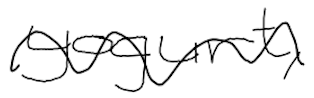
Text: yogurt,
Cross-out: wave
Writing tool: digital_black